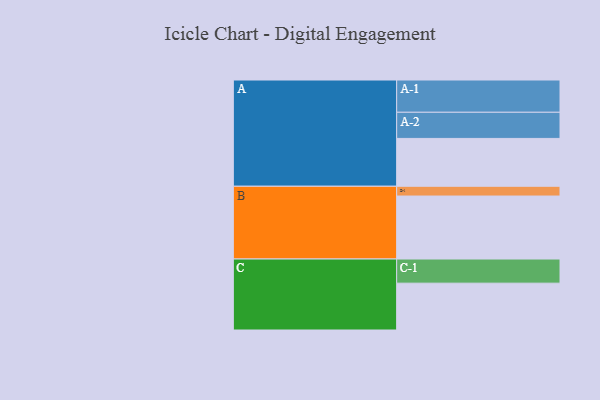
{"axis": {"x": "Segment", "y": "Value"}, "legend": ["", "A", "B", "C"], "data": [{"x": "A", "y": 430, "type": ""}, {"x": "B", "y": 566, "type": ""}, {"x": "C", "y": 421, "type": ""}, {"x": "A-1", "y": 290, "type": "A"}, {"x": "A-2", "y": 235, "type": "A"}, {"x": "B-1", "y": 88, "type": "B"}, {"x": "C-1", "y": 217, "type": "C"}]}